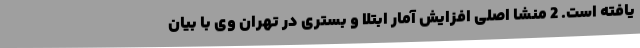
یافته است. 2 منشا اصلی افزایش آمار ابتلا و بستری در تهران وی با بیان